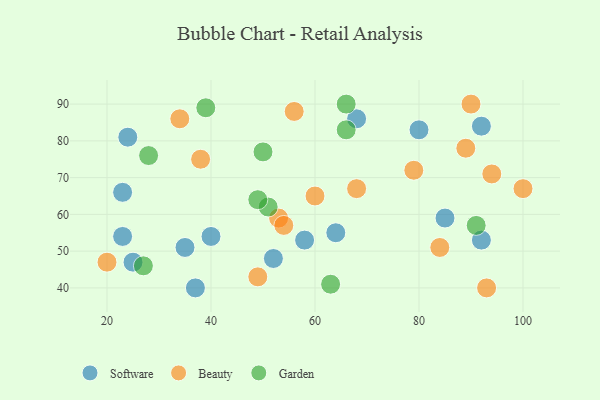
{"axis": {"x": "GDP", "y": "Life Expectancy"}, "legend": ["Beauty", "Garden", "Software"], "data": [{"x": "24", "y": 81, "type": "Software"}, {"x": "40", "y": 54, "type": "Software"}, {"x": "92", "y": 84, "type": "Software"}, {"x": "25", "y": 47, "type": "Software"}, {"x": "92", "y": 53, "type": "Software"}, {"x": "85", "y": 59, "type": "Software"}, {"x": "80", "y": 83, "type": "Software"}, {"x": "52", "y": 48, "type": "Software"}, {"x": "64", "y": 55, "type": "Software"}, {"x": "35", "y": 51, "type": "Software"}, {"x": "37", "y": 40, "type": "Software"}, {"x": "68", "y": 86, "type": "Software"}, {"x": "23", "y": 54, "type": "Software"}, {"x": "23", "y": 66, "type": "Software"}, {"x": "58", "y": 53, "type": "Software"}, {"x": "38", "y": 75, "type": "Beauty"}, {"x": "79", "y": 72, "type": "Beauty"}, {"x": "93", "y": 40, "type": "Beauty"}, {"x": "53", "y": 59, "type": "Beauty"}, {"x": "54", "y": 57, "type": "Beauty"}, {"x": "34", "y": 86, "type": "Beauty"}, {"x": "84", "y": 51, "type": "Beauty"}, {"x": "68", "y": 67, "type": "Beauty"}, {"x": "60", "y": 65, "type": "Beauty"}, {"x": "90", "y": 90, "type": "Beauty"}, {"x": "100", "y": 67, "type": "Beauty"}, {"x": "89", "y": 78, "type": "Beauty"}, {"x": "56", "y": 88, "type": "Beauty"}, {"x": "49", "y": 43, "type": "Beauty"}, {"x": "20", "y": 47, "type": "Beauty"}, {"x": "94", "y": 71, "type": "Beauty"}, {"x": "50", "y": 77, "type": "Garden"}, {"x": "66", "y": 90, "type": "Garden"}, {"x": "27", "y": 46, "type": "Garden"}, {"x": "51", "y": 62, "type": "Garden"}, {"x": "66", "y": 83, "type": "Garden"}, {"x": "28", "y": 76, "type": "Garden"}, {"x": "91", "y": 57, "type": "Garden"}, {"x": "39", "y": 89, "type": "Garden"}, {"x": "63", "y": 41, "type": "Garden"}, {"x": "49", "y": 64, "type": "Garden"}]}